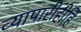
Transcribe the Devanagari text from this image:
व्यापारीहीहि